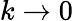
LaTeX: k\rightarrow 0